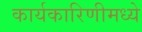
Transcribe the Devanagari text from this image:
कार्यकारिणीमध्ये